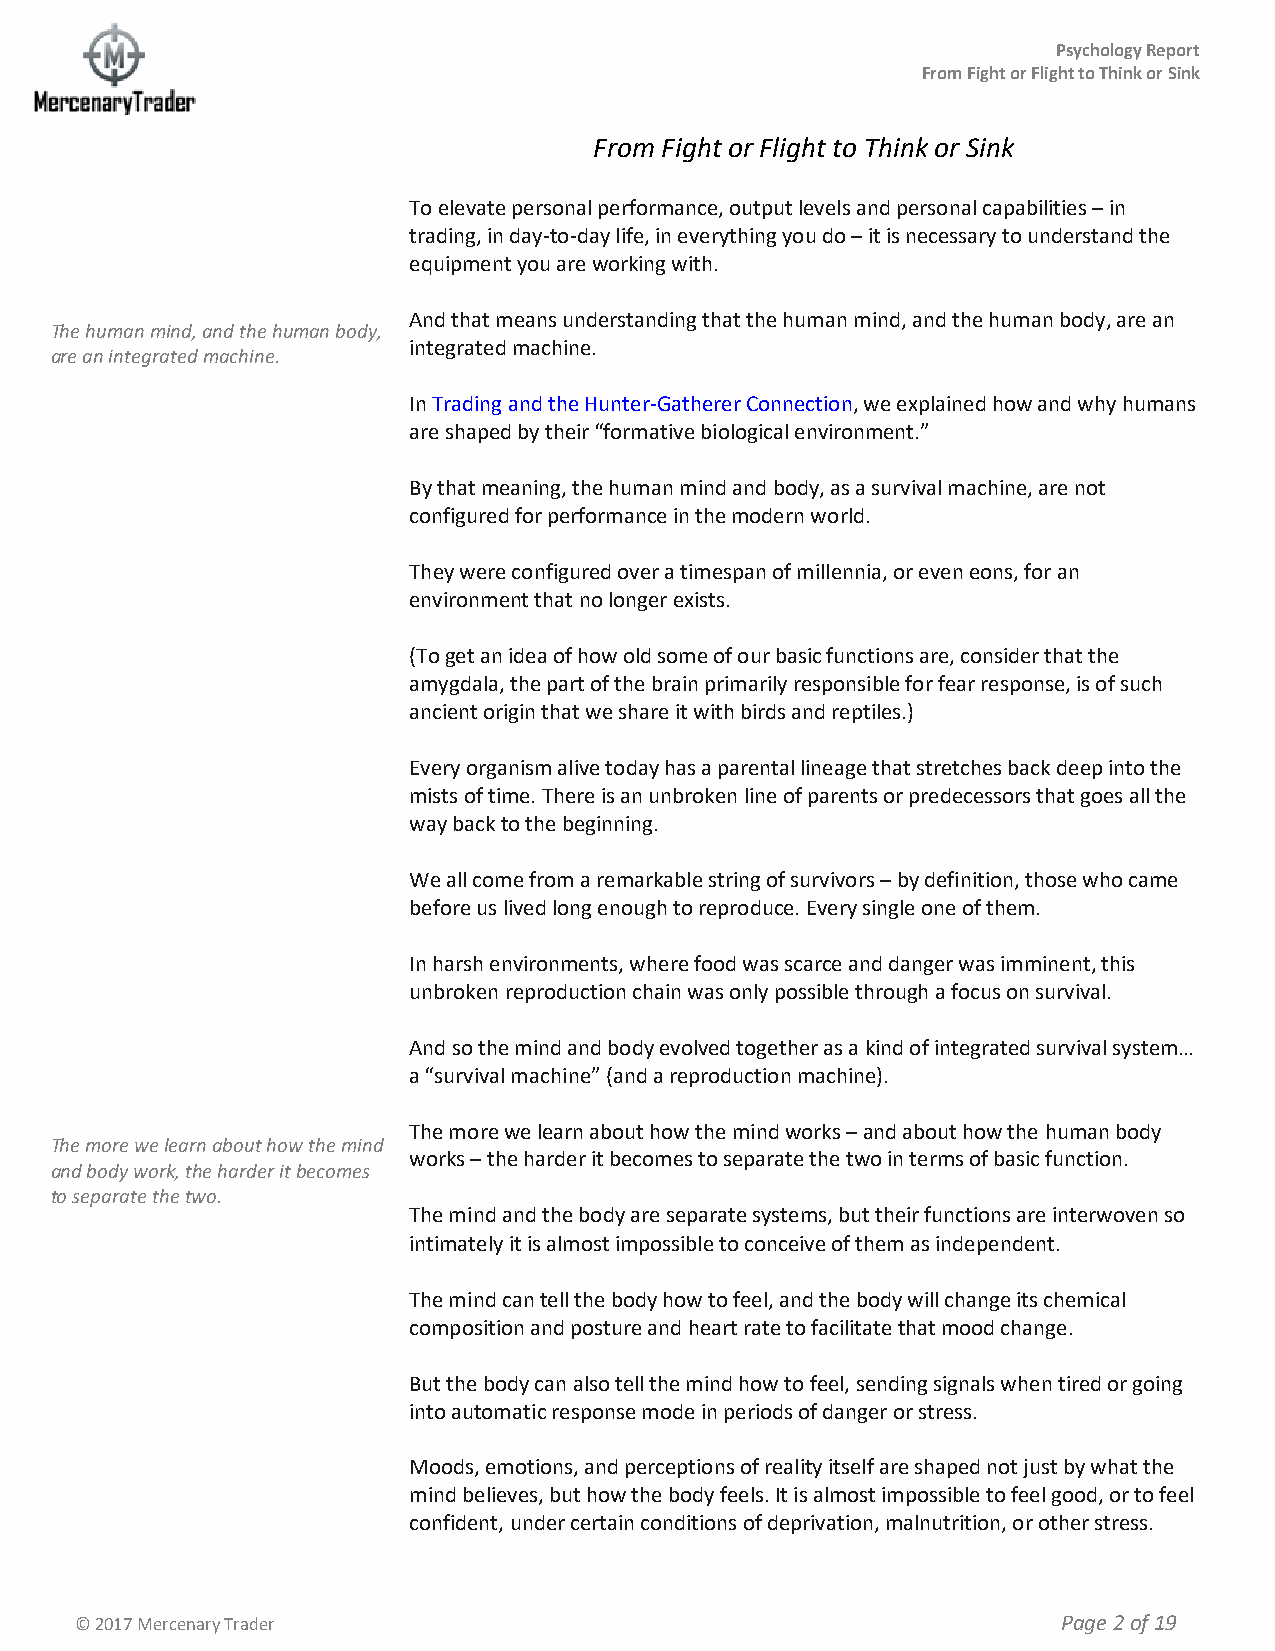
Psychology Report
 From Fight or Flight to Think or Sink
 From Fight or Flight to Think or Sink
 To elevate personal performance, output levels and personal capabilities – in
 trading, in day-to-day life, in everything you do – it is necessary to understand the
 equipment you are working with.
 And that means understanding that the human mind, and the human body, are an
 The human mind, and the human body,
 integrated machine.
 are an integrated machine.
 In Trading and the Hunter-Gatherer Connection, we explained how and why humans
 are shaped by their “formative biological environment.”
 By that meaning, the human mind and body, as a survival machine, are not
 configured for performance in the modern world.
 They were configured over a timespan of millennia, or even eons, for an
 environment that no longer exists.
 (To get an idea of how old some of our basic functions are, consider that the
 amygdala, the part of the brain primarily responsible for fear response, is of such
 ancient origin that we share it with birds and reptiles.)
 Every organism alive today has a parental lineage that stretches back deep into the
 mists of time. There is an unbroken line of parents or predecessors that goes all the
 way back to the beginning.
 We all come from a remarkable string of survivors – by definition, those who came
 before us lived long enough to reproduce. Every single one of them.
 In harsh environments, where food was scarce and danger was imminent, this
 unbroken reproduction chain was only possible through a focus on survival.
 And so the mind and body evolved together as a kind of integrated survival system…
 a “survival machine” (and a reproduction machine).
 The more we learn about how the mind works – and about how the human body
 The more we learn about how the mind
 works – the harder it becomes to separate the two in terms of basic function.
 and body work, the harder it becomes
 to separate the two.
 The mind and the body are separate systems, but their functions are interwoven so
 intimately it is almost impossible to conceive of them as independent.
 The mind can tell the body how to feel, and the body will change its chemical
 composition and posture and heart rate to facilitate that mood change.
 But the body can also tell the mind how to feel, sending signals when tired or going
 into automatic response mode in periods of danger or stress.
 Moods, emotions, and perceptions of reality itself are shaped not just by what the
 mind believes, but how the body feels. It is almost impossible to feel good, or to feel
 confident, under certain conditions of deprivation, malnutrition, or other stress.
 © 2017 Mercenary Trader                                          Page 2 of 19